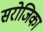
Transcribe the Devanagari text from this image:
सरोजिका